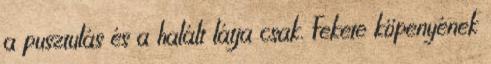
a pusztulás és a halált látja csak. Fekete köpenyének